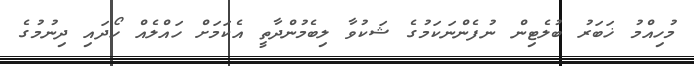
މުހިއްމު ޚަބަރު ބުލެޓިން ނުފެންނަކަމުގެ ޝަކުވާ ލިބެމުންދާތީ އެކަމަށް ހައްލެއް ހޯދައި ދިނުމުގެ